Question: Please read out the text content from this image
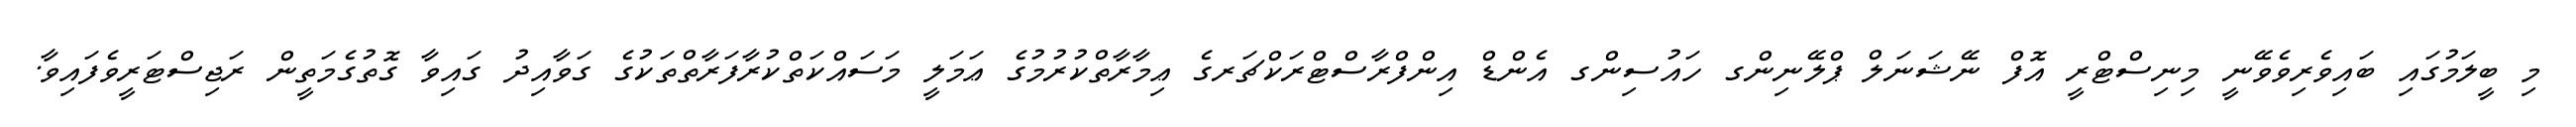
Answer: މި ބީލަމުގައި ބައިވެރިވެވޭނީ މިނިސްޓްރީ އޮފް ނޭޝަނަލް ޕްލޭނިންގ ހައުސިންގ އެންޑް އިންފްރާސްޓްރަކްޗަރގެ ޢިމާރާތްކުރުމުގެ ޢަމަލީ މަސައްކަތްކުރާފަރާތްތަކުގެ ގަވާއިދު ގައިވާ ގޮތުގެމަތީން ރަޖިސްޓަރީވެފައިވާ.